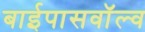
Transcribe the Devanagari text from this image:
बाईपासवॉल्व